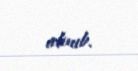
alınıb.